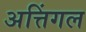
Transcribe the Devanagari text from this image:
अत्तिंगल